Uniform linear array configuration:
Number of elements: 64
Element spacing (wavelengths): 0.5
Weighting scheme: hann
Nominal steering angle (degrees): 30
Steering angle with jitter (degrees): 30.453
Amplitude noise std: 0.05
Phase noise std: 0.05

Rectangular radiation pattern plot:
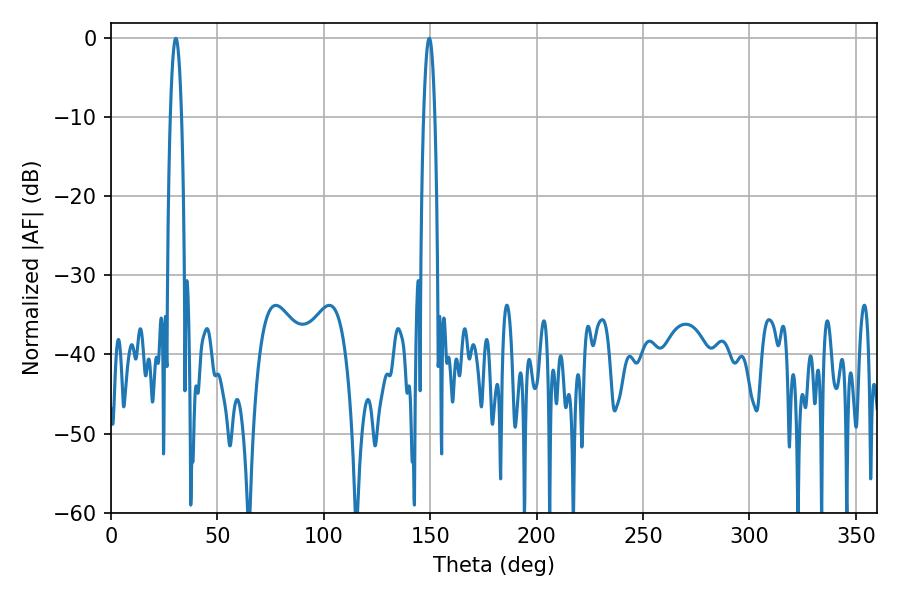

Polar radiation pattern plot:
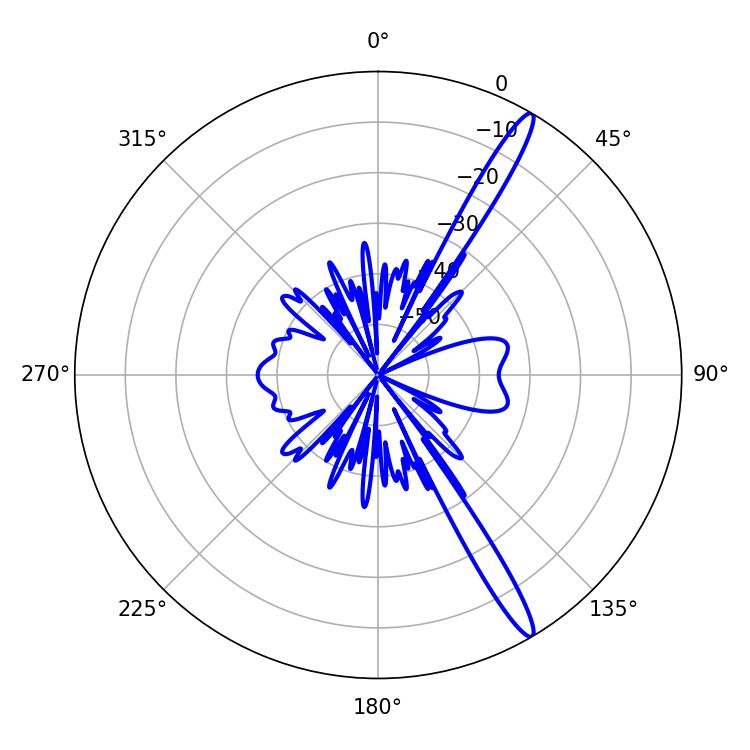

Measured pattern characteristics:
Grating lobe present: FALSE
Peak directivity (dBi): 15.516
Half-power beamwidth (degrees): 2.88
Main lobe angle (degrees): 30.42